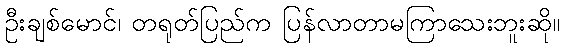
ဦးချစ်မောင်၊ တရုတ်ပြည်က ပြန်လာတာမကြာသေးဘူးဆို။